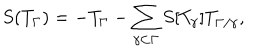
LaTeX: S ( T _ { \Gamma } ) = - T _ { \Gamma } - \sum _ { \gamma \subset \Gamma } S [ T _ { \gamma } ] T _ { \Gamma / \gamma } ,